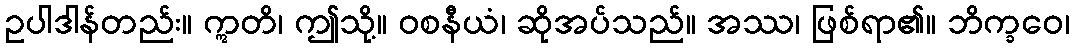
ဥပါဒါန်တည်း။ ဣတိ၊ ဤသို့။ ဝစနီယံ၊ ဆိုအပ်သည်။ အဿ၊ ဖြစ်ရာ၏။ ဘိက္ခဝေ၊